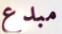
مبدع